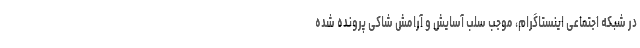
در شبکه اجتماعی اینستاگرام، موجب سلب آسایش و آرامش شاکی پرونده شده